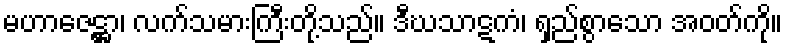
မဟာဇေဋ္ဌာ၊ လက်သမားကြီးတို့သည်။ ဒီဃသာဋကံ၊ ရှည်စွာသော အဝတ်ကို။